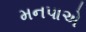
મનપાએ